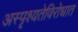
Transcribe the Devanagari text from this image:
अस्पृश्यतेविरोधात